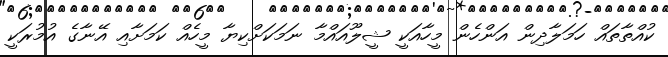
ކުއްތާތައް ހަމަލާދިން އަންހެން މީހާއަކީ ޝީލޫއައްމާ ނަމަކަށްކިޔާ މީހެއް ކަމަށާއި އޭނާގެ އުމުރަކީ